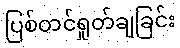
ပြစ်တင်ရှုတ်ချခြင်း